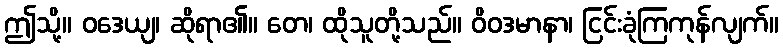
ဤသို့။ ဝဒေယျ၊ ဆိုရာ၏။ တေ၊ ထိုသူတို့သည်။ ဝိဝဒမာနာ၊ ငြင်းခုံကြကုန်လျက်။